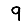
Digit: 9